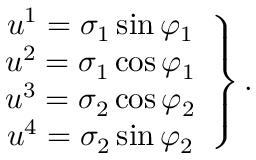
\left. \begin{array} { c } { { u ^ { 1 } = \sigma _ { 1 } \sin \varphi _ { 1 } } } \\ { { u ^ { 2 } = \sigma _ { 1 } \cos \varphi _ { 1 } } } \\ { { u ^ { 3 } = \sigma _ { 2 } \cos \varphi _ { 2 } } } \\ { { u ^ { 4 } = \sigma _ { 2 } \sin \varphi _ { 2 } } } \end{array} \right\} .